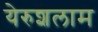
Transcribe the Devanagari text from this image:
येरुशलाम